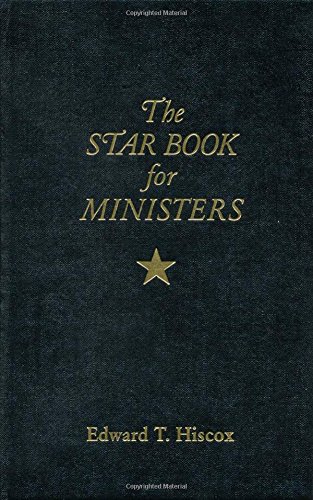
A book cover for The Star Book for Ministers; Edward T. Hiscox; Christian Books & Bibles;